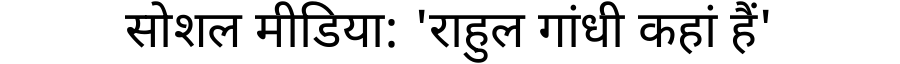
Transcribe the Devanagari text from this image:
सोशल मीडिया: 'राहुल गांधी कहां हैं'